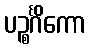
ပဉ္စင်္ဂိကော